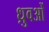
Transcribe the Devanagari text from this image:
ध्रुवओं